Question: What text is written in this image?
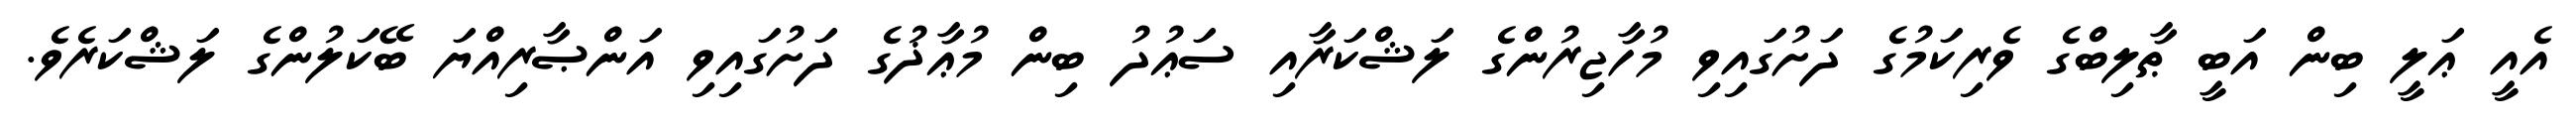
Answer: އެއީ ޢަލީ ބިން އަބީ ޠާލިބްގެ ވެރިކަމުގެ ދަށުގައިވި މުހާޖިރުންގެ ލަޝްކަރާއި ސަޢުދު ބިން މުޢާޛުގެ ދަށުގައިވި އަންޞާރިއްޔަ ބޭކަލުންގެ ލަޝްކަރެވެ.